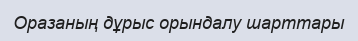
Оразаның дұрыс орындалу шарттары